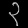
Digit: ၃